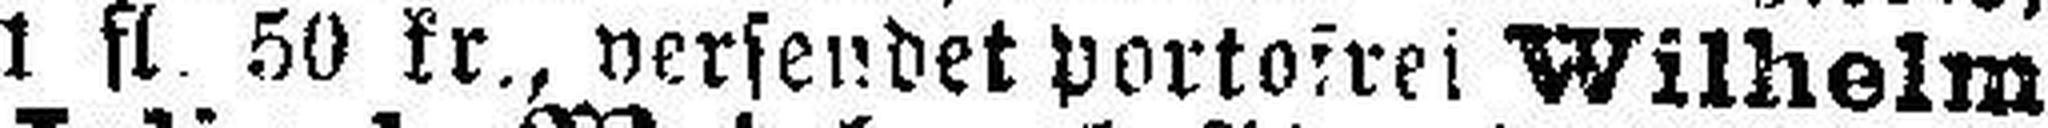
1 fl. 50 kr., versendet portofrei Wilhelm